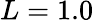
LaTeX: L=1.0